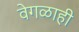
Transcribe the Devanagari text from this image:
वेगळाही